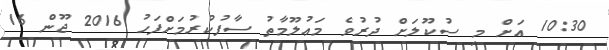
10:30 އަށް މި ސުކޫލަށް ދުރުވެ މަޢުލޫމާތު ސާފުކުރުމަށްފަހު 2016 ޖޫން 16